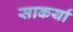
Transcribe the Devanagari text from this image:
साकर्या